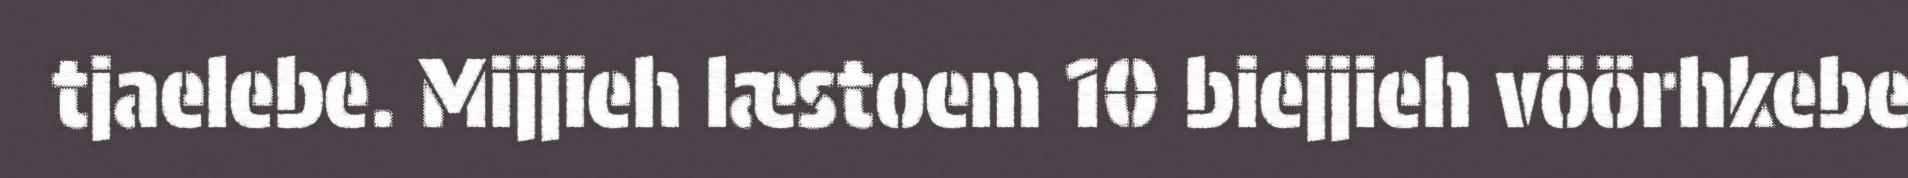
tjaelebe. Mijjieh læstoem 10 biejjieh vöörhkebe